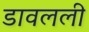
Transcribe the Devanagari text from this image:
डावलली